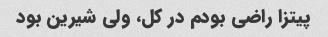
پیتزا راضی بودم در کل، ولی شیرین بود